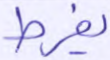
يفرط